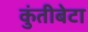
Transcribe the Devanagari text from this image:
कुंतीबेटा